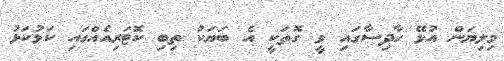
މިލިޔަން އުޅޭ ހާދިސާގައި ވީ ގޮތަކީ އެ ބަޔަކު ތިބި ކޮޓަރިއެއްގައި ކަޅުކަޅު